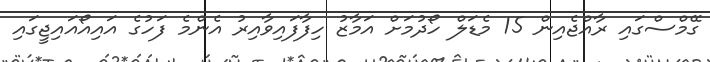
ގޭމްސްގައި ރާއްޖެއިން 15 މެޑަލް ހޯދުމަށް އަމާޒު ހިފާފައިވާއިރު އެންމެ ފަހުގެ އައިއޯއައިޖީގައި